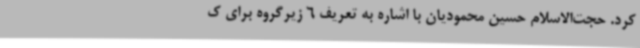
کرد. حجت‌الاسلام حسین محمودیان با اشاره به تعریف 6 زیرگروه برای ک